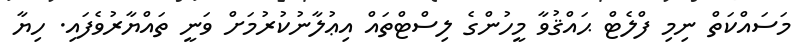
މަސައްކަތް ނިމި ފްލެޓް ޙައްޤުވާ މީހުންގެ ލިސްޓްތައް އިޢުލާނުކުރުމަށް ވަނީ ތައްޔާރުވެފައި. ހިޔާ